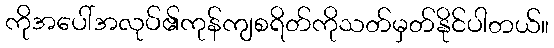
ကိုအပေါ်အလုပ်၏ကုန်ကျစရိတ်ကိုသတ်မှတ်နိုင်ပါတယ်။